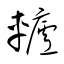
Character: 轤